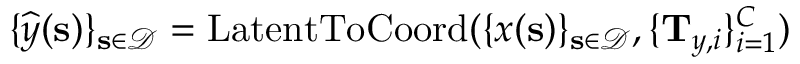
\{ \boldsymbol { { \widehat { y } } } ( \mathbf { s } ) \} _ { \mathbf { s } \in \mathcal { D } } = \operatorname { L a t e n t T o C o o r d } ( \{ \boldsymbol { x } ( \mathbf { s } ) \} _ { \mathbf { s } \in \mathcal { D } } , \{ \mathbf { T } _ { \boldsymbol { y } , i } \} _ { i = 1 } ^ { C } )